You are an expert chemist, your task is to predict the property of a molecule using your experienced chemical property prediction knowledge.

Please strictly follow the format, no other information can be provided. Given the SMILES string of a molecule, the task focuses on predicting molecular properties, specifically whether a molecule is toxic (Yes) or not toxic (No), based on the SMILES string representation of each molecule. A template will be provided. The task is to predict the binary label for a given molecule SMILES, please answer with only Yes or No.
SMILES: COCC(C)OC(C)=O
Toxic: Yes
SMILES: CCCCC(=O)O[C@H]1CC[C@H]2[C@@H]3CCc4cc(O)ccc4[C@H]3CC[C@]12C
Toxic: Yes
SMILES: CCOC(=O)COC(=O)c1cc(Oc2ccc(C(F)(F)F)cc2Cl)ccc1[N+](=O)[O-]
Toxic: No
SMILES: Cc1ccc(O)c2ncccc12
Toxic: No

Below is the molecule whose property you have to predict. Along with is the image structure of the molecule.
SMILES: CCCCCCCC(=O)OCC(O)CO
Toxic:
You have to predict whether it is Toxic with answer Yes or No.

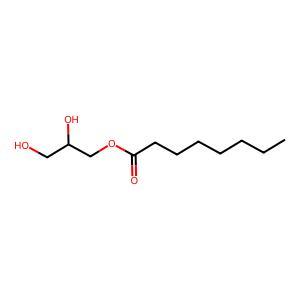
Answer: No